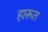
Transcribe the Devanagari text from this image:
हारूत